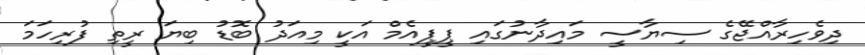
ދިވެހިރާއްޖޭގެ ސިޔާސީ މައިދާނުގައި ޕީޕީއެމް އަކީ މިއަދު ބޮޑު ބިޔަ ރީތި ފުރިހަމަ